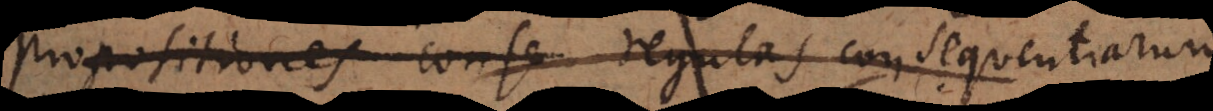
propositiones conse regulas consequentiarum